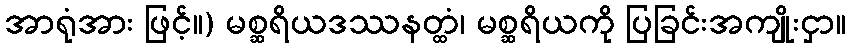
အာရုံအား ဖြင့်။) မစ္ဆရိယဒဿနတ္ထံ၊ မစ္ဆရိယကို ပြခြင်းအကျိုးငှာ။